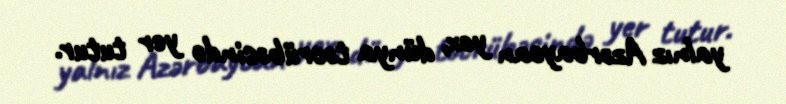
yalnız Azərbaycan yox, dünya təcrübəsində yer tutur.